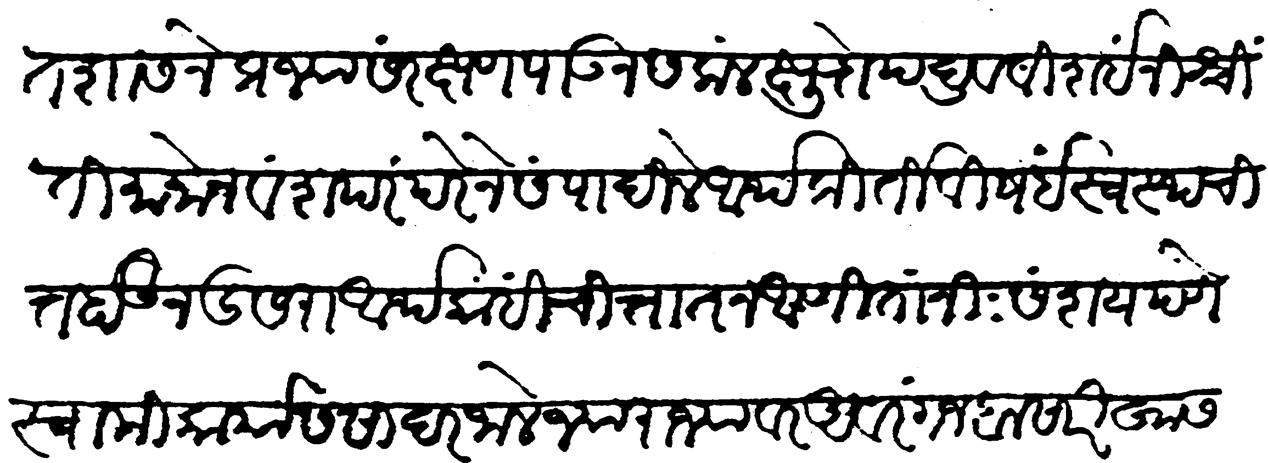
Transliteration (Devanagari): विहित शासनें प्रज्या संरक्षण पाऊन सकल क्षुद्रोपद्रव विषई निश्चिंती मानोन वंशपरंपरेने संपादिले आर्थ कीर्ती विषई स्वस्थ चित्त होऊन दुसरा आर्थ कांही चित्तात न आणितां नि:संशयपणें स्वामीकार्यास सादर जाले. ज्या राज्यावर अवरंगजेबा सारिखा सबळ